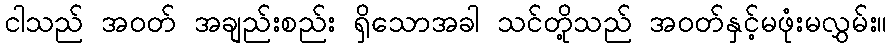
ငါသည် အဝတ် အချည်းစည်း ရှိသောအခါ သင်တို့သည် အဝတ်နှင့်မဖုံးမလွှမ်း။